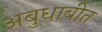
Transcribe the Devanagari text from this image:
अबुधाबीत